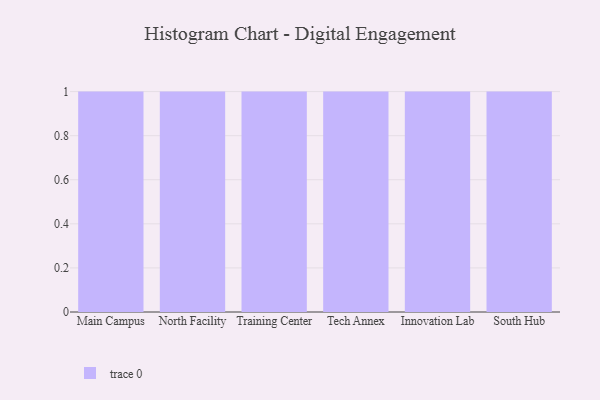
{"axis": {"x": "Campus", "y": "Active Users"}, "legend": [""], "data": [{"x": "Main Campus", "y": 71, "type": ""}, {"x": "North Facility", "y": 9, "type": ""}, {"x": "Training Center", "y": 11, "type": ""}, {"x": "Tech Annex", "y": 40, "type": ""}, {"x": "Innovation Lab", "y": 5, "type": ""}, {"x": "South Hub", "y": 97, "type": ""}]}